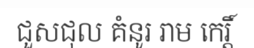
ជួសជុល គំនូរ រាម កេរ្តិ៍